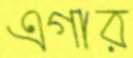
এগার